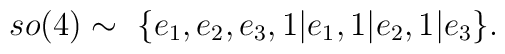
so(4)\sim ~\{e_{1},e_{2},e_{3},1|e_{1},1|e_{2},1|e_{3}\}.